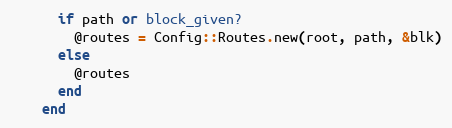
Language: Ruby
      if path or block_given?
        @routes = Config::Routes.new(root, path, &blk)
      else
        @routes
      end
    end